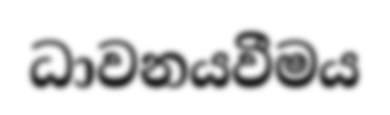
ධාවනයවීමය